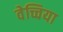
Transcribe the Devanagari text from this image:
वेच्चिया